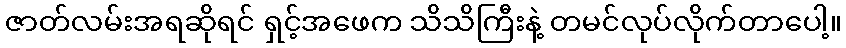
ဇာတ်လမ်းအရဆိုရင် ရှင့်အဖေက သိသိကြီးနဲ့ တမင်လုပ်လိုက်တာပေါ့။